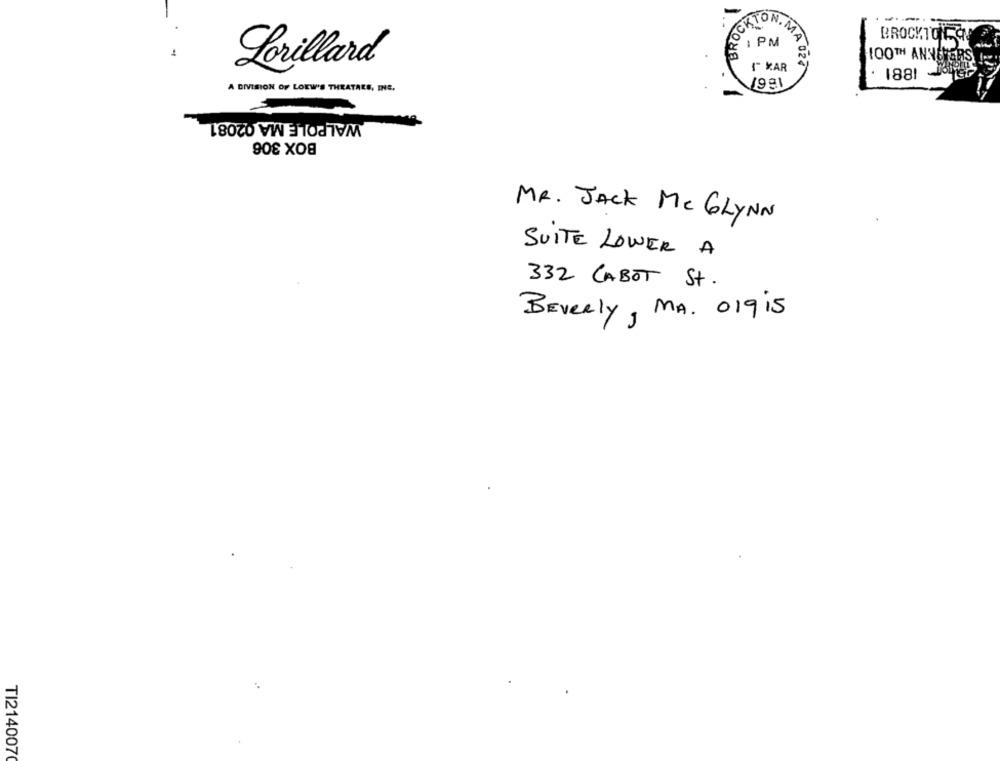
ATON
CKI
BROCKTONCO
1 PM
MA 02
Lorillard
I XAR
TOOTH ANNOTERSUIS
1881 MES
A DIVISION OF LOEW'S THEATRES, INE.
1991
WALPOLE MA 02081
BOX 306
MR. JACK Mc GLYNN
SUITE LOWER A
332 CABOT St.
Beverly, MA. 01915
TI214007